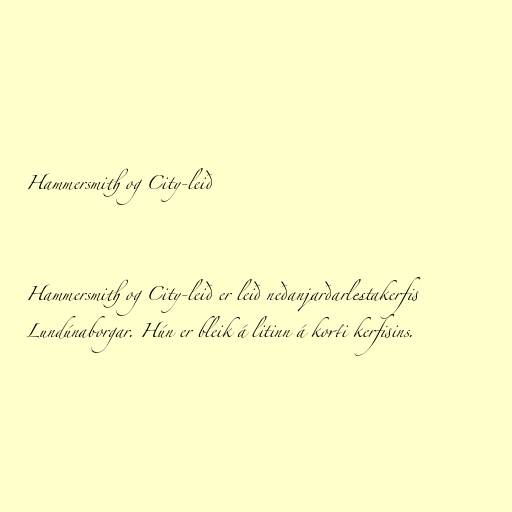
Hammersmith og City-leið

Hammersmith og City-leið er leið neðanjarðarlestakerfis
Lundúnaborgar. Hún er bleik á litinn á korti kerfisins.